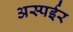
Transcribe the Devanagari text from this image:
अस्पईर